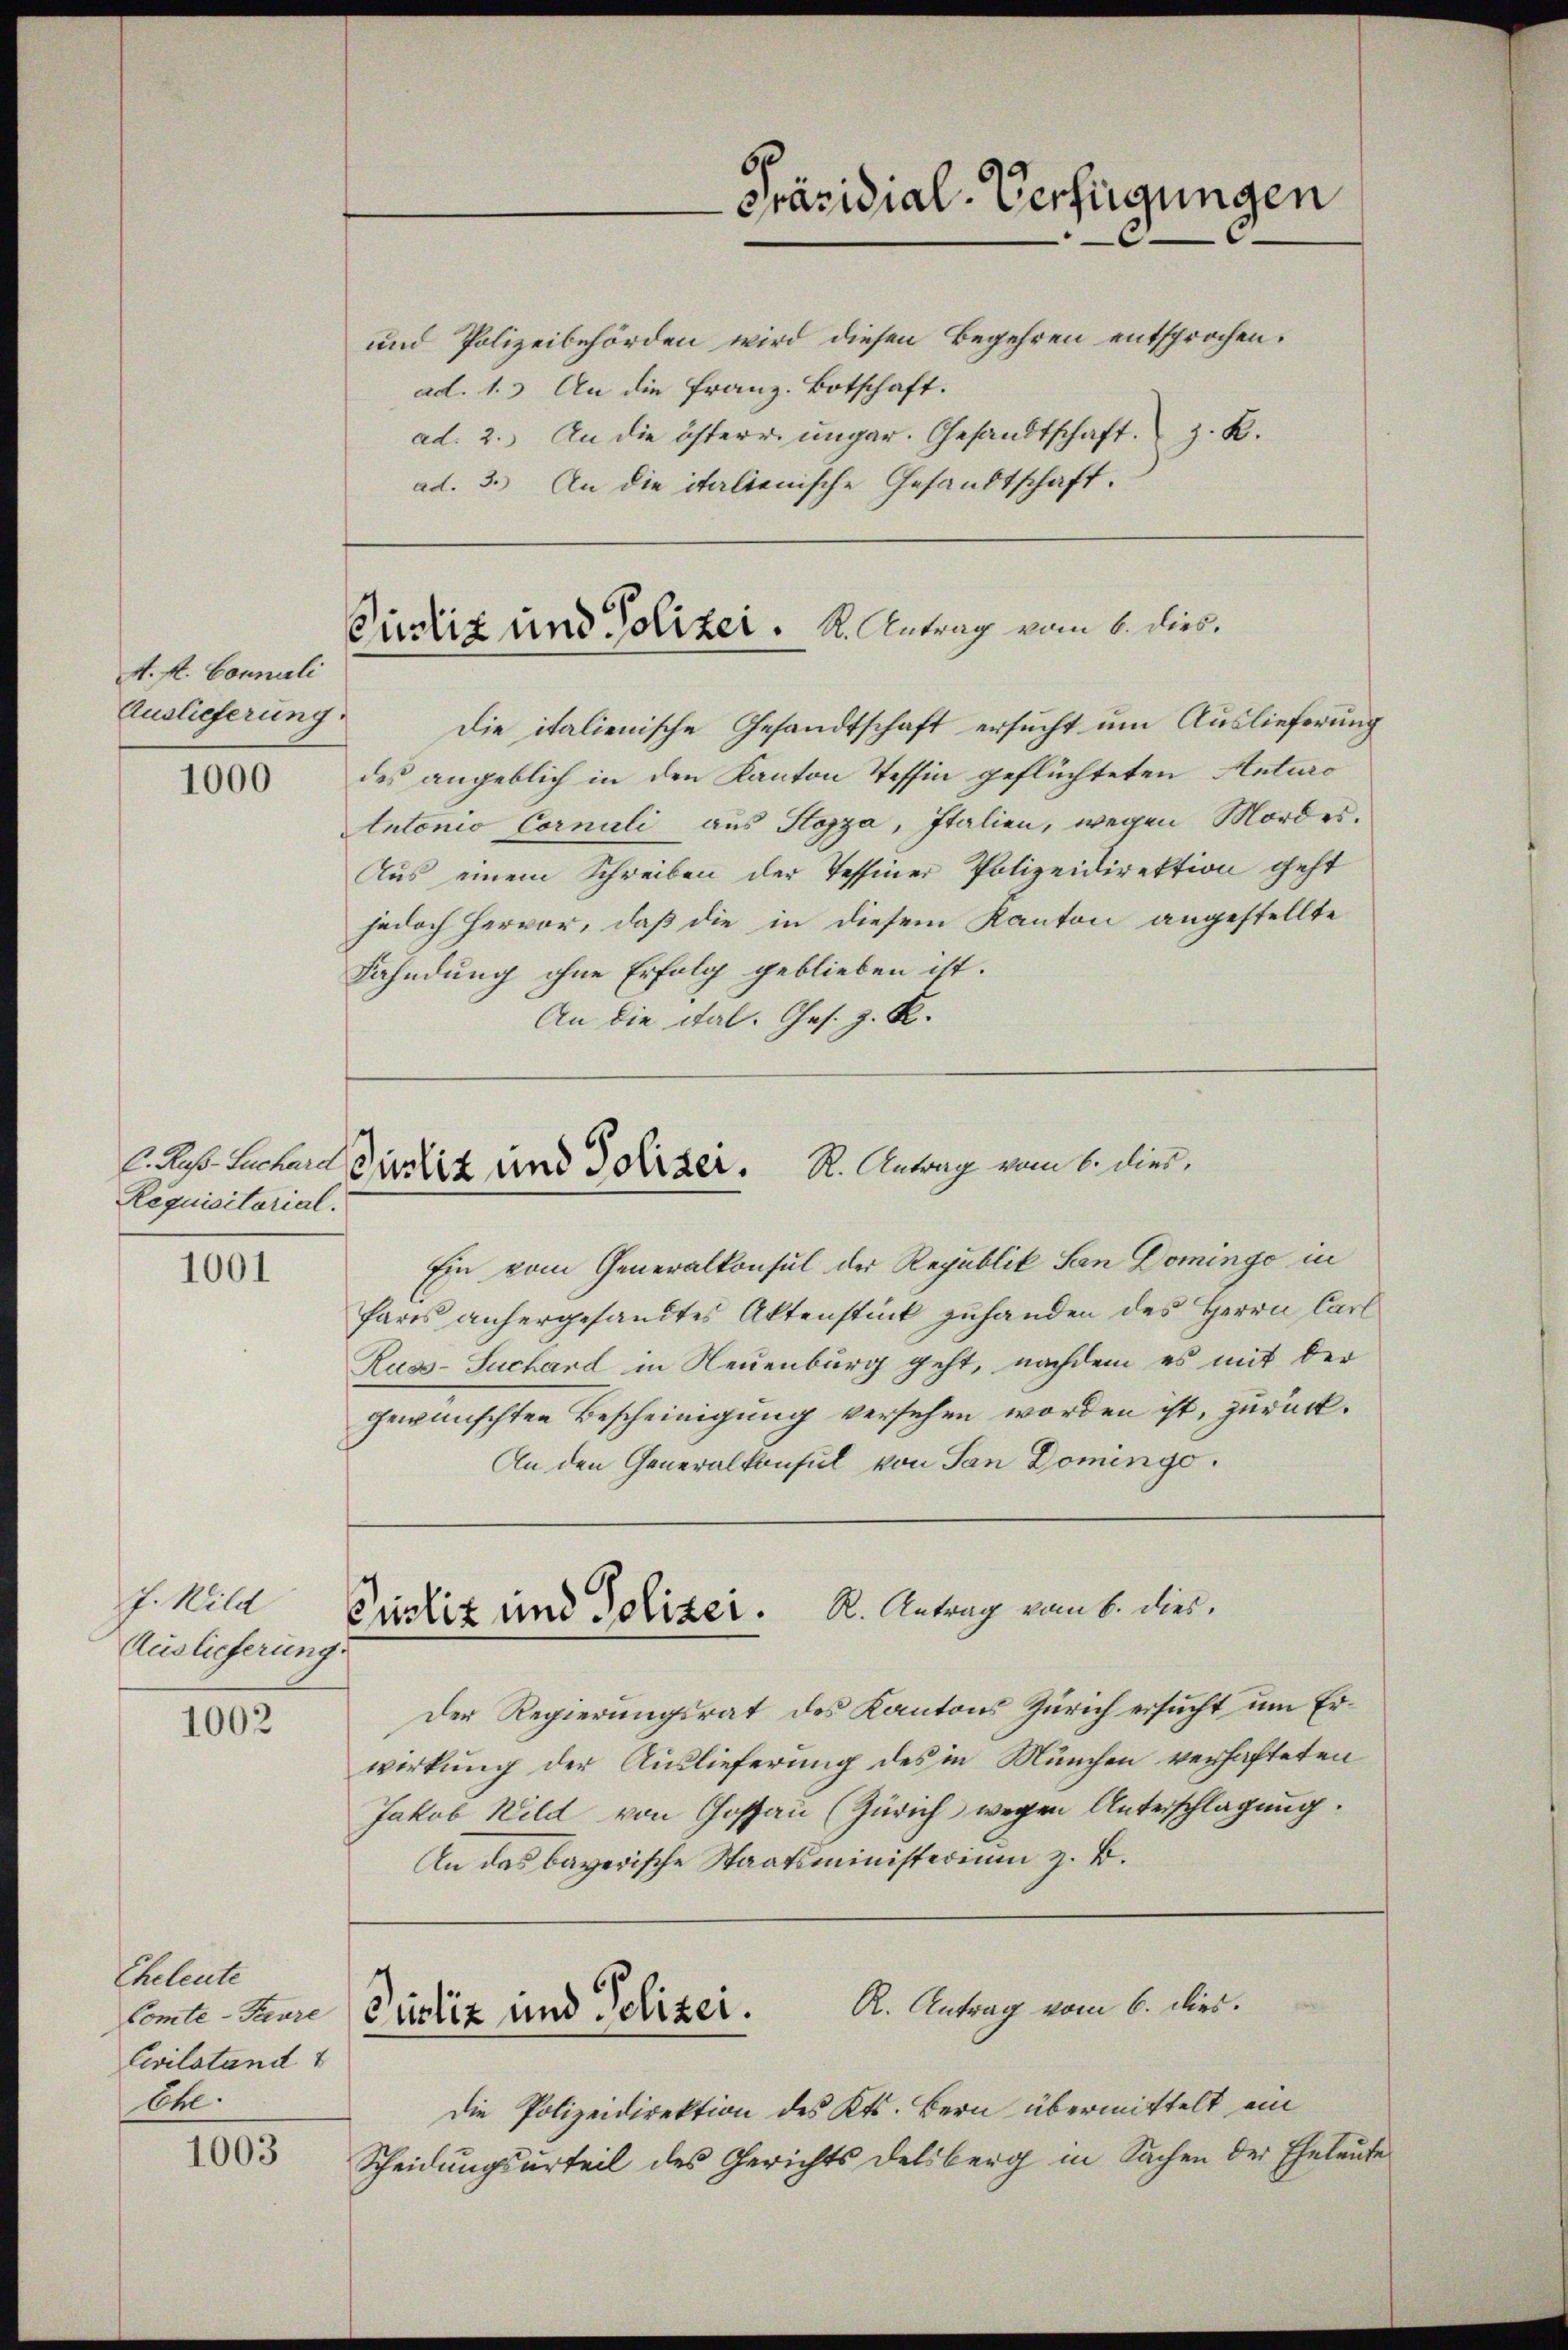
A. fl. Conneli
Auslieferung.

1000

Requisitorial.

1001

J. Will
Auslieferung

1002

1003

Eheleute
Comte-Paure
Civilstand
Che.

6
Präsidial-Verfügungen
und Polizeibehörden wird diesen Begehren entsprochen.
ad. 2. An die österr. ungar. Gesandtschaft. z. R.
ad. 3. An die italienische Gesandtschaft.

Picliz und Polizer.   K. Antrag vom 6. dies
Die italienische Gesandtschaft ersucht um Auslieferung

ad. 1. An die Franz. Botschaft.

des angeblich in den Kanton Tessin geflüchteten Auturo
Antonio Cornali aus Stozza, Italien, wegen Mordes¬
Aus einem Schreiben der Tessiner Polizeidirektion geht
jedoch Hervor, daß die in diesem Kanton angestellte
Fahndung ohne Erfolg geblieben ist.
An die Sal. Ges. z. B.

C. Res. Lachard Justiz und Polizei. R. Antrag vom 6. dies,

Ein vom Generalkonsul der Republik San Domingo in
Paris anhergesandtes Aktenstück zuhanden des Herrn Carl
Russ-Suchard in Neuenburg geht, nachdem es mit der
gewünschten Bescheinigung versehen worden ist, zurück¬
An den Generalkonsul von San Domingo.

Prustiz und Polizer. R. Antrag vom 6. dies

Der Regierungsrat des Kantons Zürich ersucht um Erwirkung der Auslieferung des in München verhafteten
Jakob Wild von Gossaŭ (Zürich wegen Unterschlagung.
An das bayerische Staatsministerium z. B.

Die Polizeidirektion des Kts. Bern übermittelt ein
Scheidungsurteil des Gerichts Delsberg in Sachen der Eheleute

R. Antrag vom 6. dies.
Pustiz und Polizei.